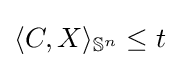
\langle C,X\rangle _{\mathbb {S} ^{n}}\leq t